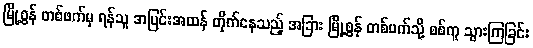
မြို့စွန် တစ်ဖက်မှ ရန်သူ အပြင်းအထန် တိုက်နေသည့် အခြား မြို့စွန် တစ်ဖက်သို့ စစ်ကူ သွားကြခြင်း